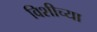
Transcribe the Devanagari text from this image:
विशीच्या